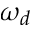
\omega _ { d }